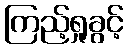
ကြည့်ရှုခွင့်